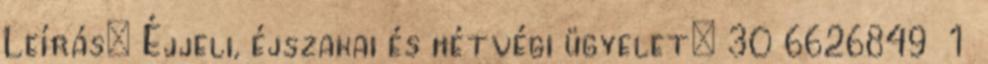
Leírás: Éjjeli, éjszakai és hétvégi ügyelet: 30 6626849 1